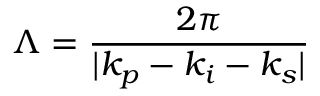
\Lambda = \frac { 2 \pi } { \lvert k _ { p } - k _ { i } - k _ { s } \rvert }